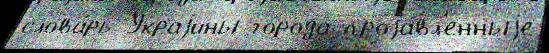
слова́рь Украjины го́рода проjа́вл'енныjе